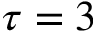
\tau = 3